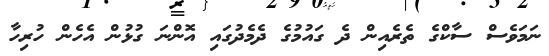
ނަމަވެސް ސާކްގެ ތެރެއިން ދެ ގައުމުގެ ދެމެދުގައި އޮންނަ ގުޅުން އެހެން ހުރިހާ